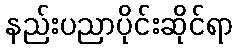
နည်းပညာပိုင်းဆိုင်ရာ